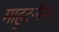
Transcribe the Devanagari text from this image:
माहुटनीरू।